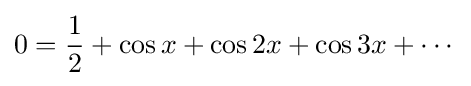
0={\frac {1}{2}}+\cos x+\cos 2x+\cos 3x+\cdots